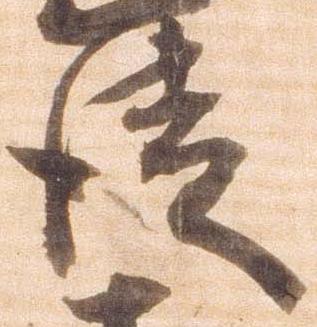
徒